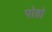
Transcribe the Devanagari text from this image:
पोडो